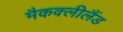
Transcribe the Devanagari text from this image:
मैकक्लीलैंड